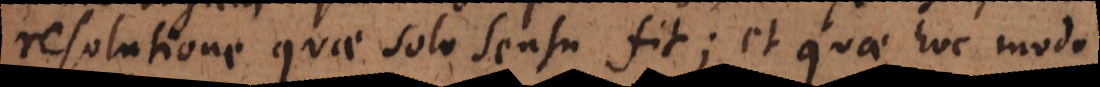
resolutione quae sola sensu fit; et quae hoc modo